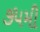
૭૫મી